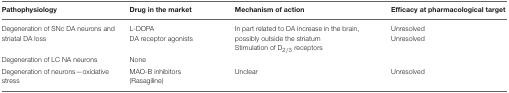
<table><thead><tr><td><b>Pathophysiology</b></td><td><b>Drug in the market</b></td><td><b>Mechanism of action</b></td><td><b>Efficacy at pharmacological target</b></td></tr></thead><tbody><tr><td>Degeneration of SNc DA neurons and striatal DA loss</td><td>L-DOPA DA receptor agonists</td><td>In part related to DA increase in the brain, possibly outside the striatum Stimulation of D<sub>2/3</sub> receptors</td><td>Unresolved Unresolved</td></tr><tr><td>Degeneration of LC NA neurons</td><td>None</td><td></td><td></td></tr><tr><td>Degeneration of neurons—oxidative stress</td><td>MAO-B inhibitors (Rasagiline)</td><td>Unclear</td><td>Unresolved</td></tr></tbody></table>